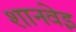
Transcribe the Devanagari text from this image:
शानवेइ